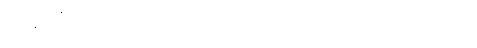
အန်တီလူးက ဘာထပ်ပြောသည်ကို မကြားလိုက်ရ။